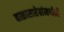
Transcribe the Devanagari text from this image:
बाळासाहेबांमध्येही